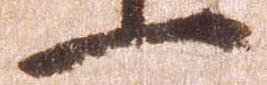
一